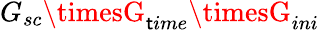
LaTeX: G_{sc}\timesG_{\mathsf{t}ime}\timesG_{ini}